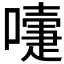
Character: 𭋄